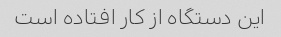
این دستگاه از کار افتاده است